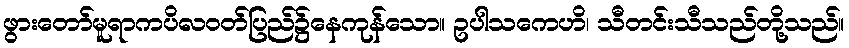
ဖွားတော်မူရာကပိလဝတ်ပြည်၌နေကုန်သော။ ဥပါသကေဟိ၊ သီတင်းသီသည်တို့သည်။